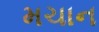
મચાન